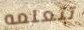
تتعلمه